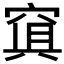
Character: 𥦴